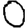
Digit: 0